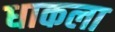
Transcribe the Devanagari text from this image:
धाकला